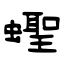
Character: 蟶